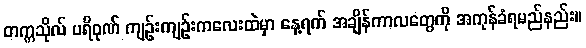
တက္ကသိုလ် ပရိဝုဏ် ကျဉ်းကျဉ်းကလေးထဲမှာ နေ့ရက် အချိန်ကာလတွေကို အကုန်ခံရမည်နည်း။